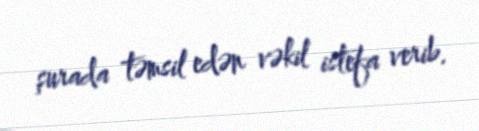
şurada təmsil edən vəkil istefa verib.